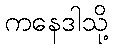
ကနေဒါသို့